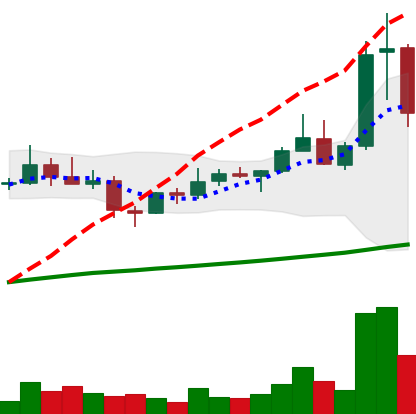
Ticker: XLM-USD
Chart end date: 2021-04-07
Forward return: 24.787%
Label: up_7plus